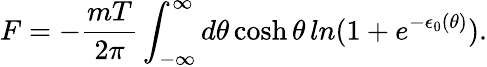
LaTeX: F=-{\frac{mT}{2\pi}}\int_{-\infty}^{\infty}d\theta\cosh\theta\, ln(1+e^{-\epsilon_{0}(\theta)}).